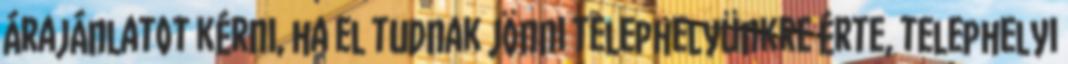
árajánlatot kérni, ha el tudnak jönni telephelyünkre érte, telephelyi